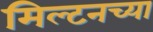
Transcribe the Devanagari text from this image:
मिल्टनच्या